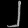
Digit: ၂